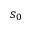
s _ { 0 }